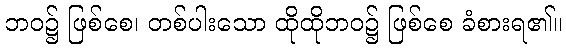
ဘဝ၌ ဖြစ်စေ၊ တစ်ပါးသော ထိုထိုဘဝ၌ ဖြစ်စေ ခံစားရ၏။